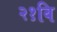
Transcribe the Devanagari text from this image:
२१वि